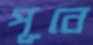
পূবে